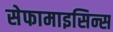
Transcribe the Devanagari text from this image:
सेफामाइसिन्स